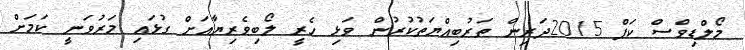
މޯލްޑިވްސް ކަޕް 2015ދަރިން ތަރުބިއްޔަތުކުރުން ވަޅި ހެރީ ލޯބިވެރިޔާއަށް ގުޅައި މަރުވަނީ ކަމަށް